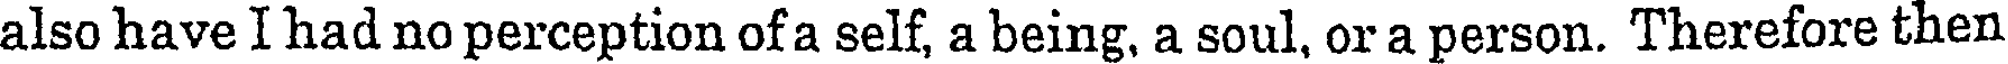
also have I had no perception of a self, a being, a soul, or a person. Therefore then